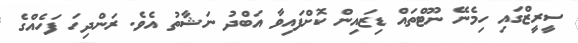
ސީރީޒްގައި ހިމެނޭ ނޫޓްތައް ޑިޒައިން ކޮށްފައިވާ އަބްދު ނަޝާތު އެވެ. ރަންދިހަ ފަހެއްގެ